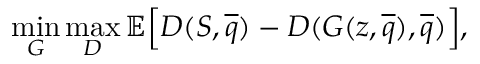
\operatorname* { m i n } _ { G } \operatorname* { m a x } _ { D } \mathbb { E } \Big [ D ( S , \overline { { q } } ) - D ( G ( z , \overline { { q } } ) , \overline { { q } } ) \Big ] ,